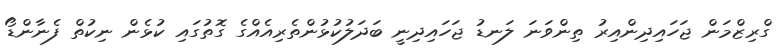
ގްރިޒްމަން ޖަހައިދިންއިރު ތިންވަނަ ލަނޑު ޖަހައިދިނީ ބަދަލުކުޅުންތެރިއެއްގެ ގޮތުގައި ކުޅެން ނިކުތް ފެނާންޑޯ